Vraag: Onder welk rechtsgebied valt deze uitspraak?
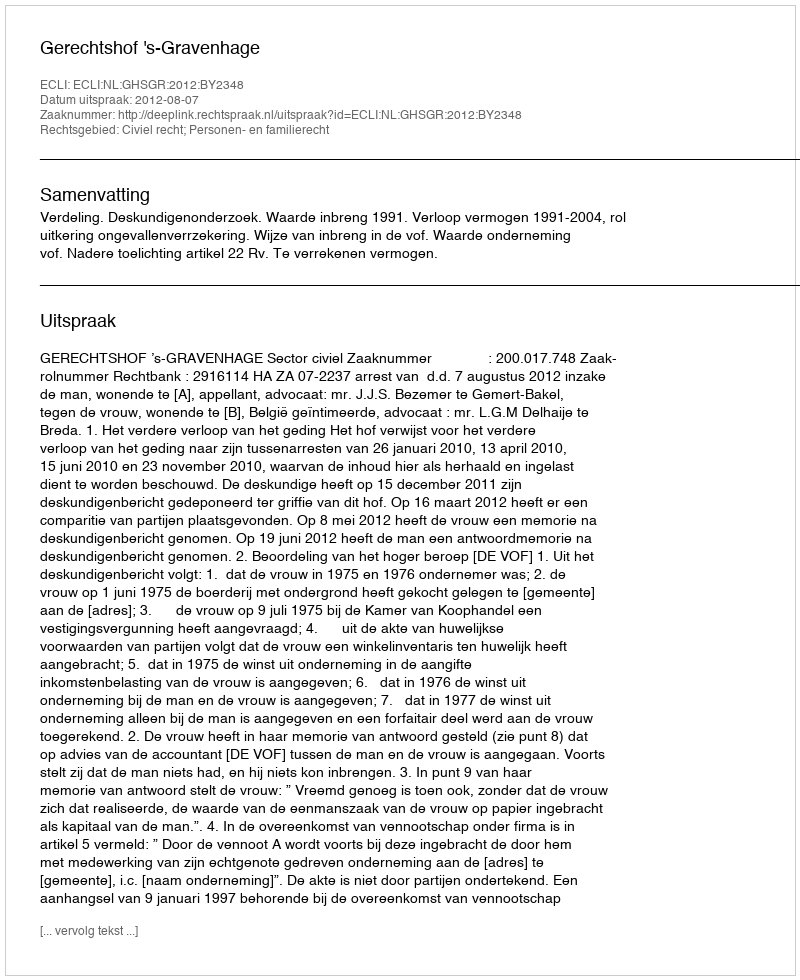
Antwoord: Civiel recht; Personen- en familierecht